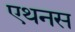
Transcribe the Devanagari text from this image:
एथनस